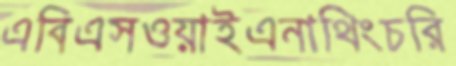
এবিএসওয়াইএনাথিংচরি